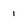
Character: 1